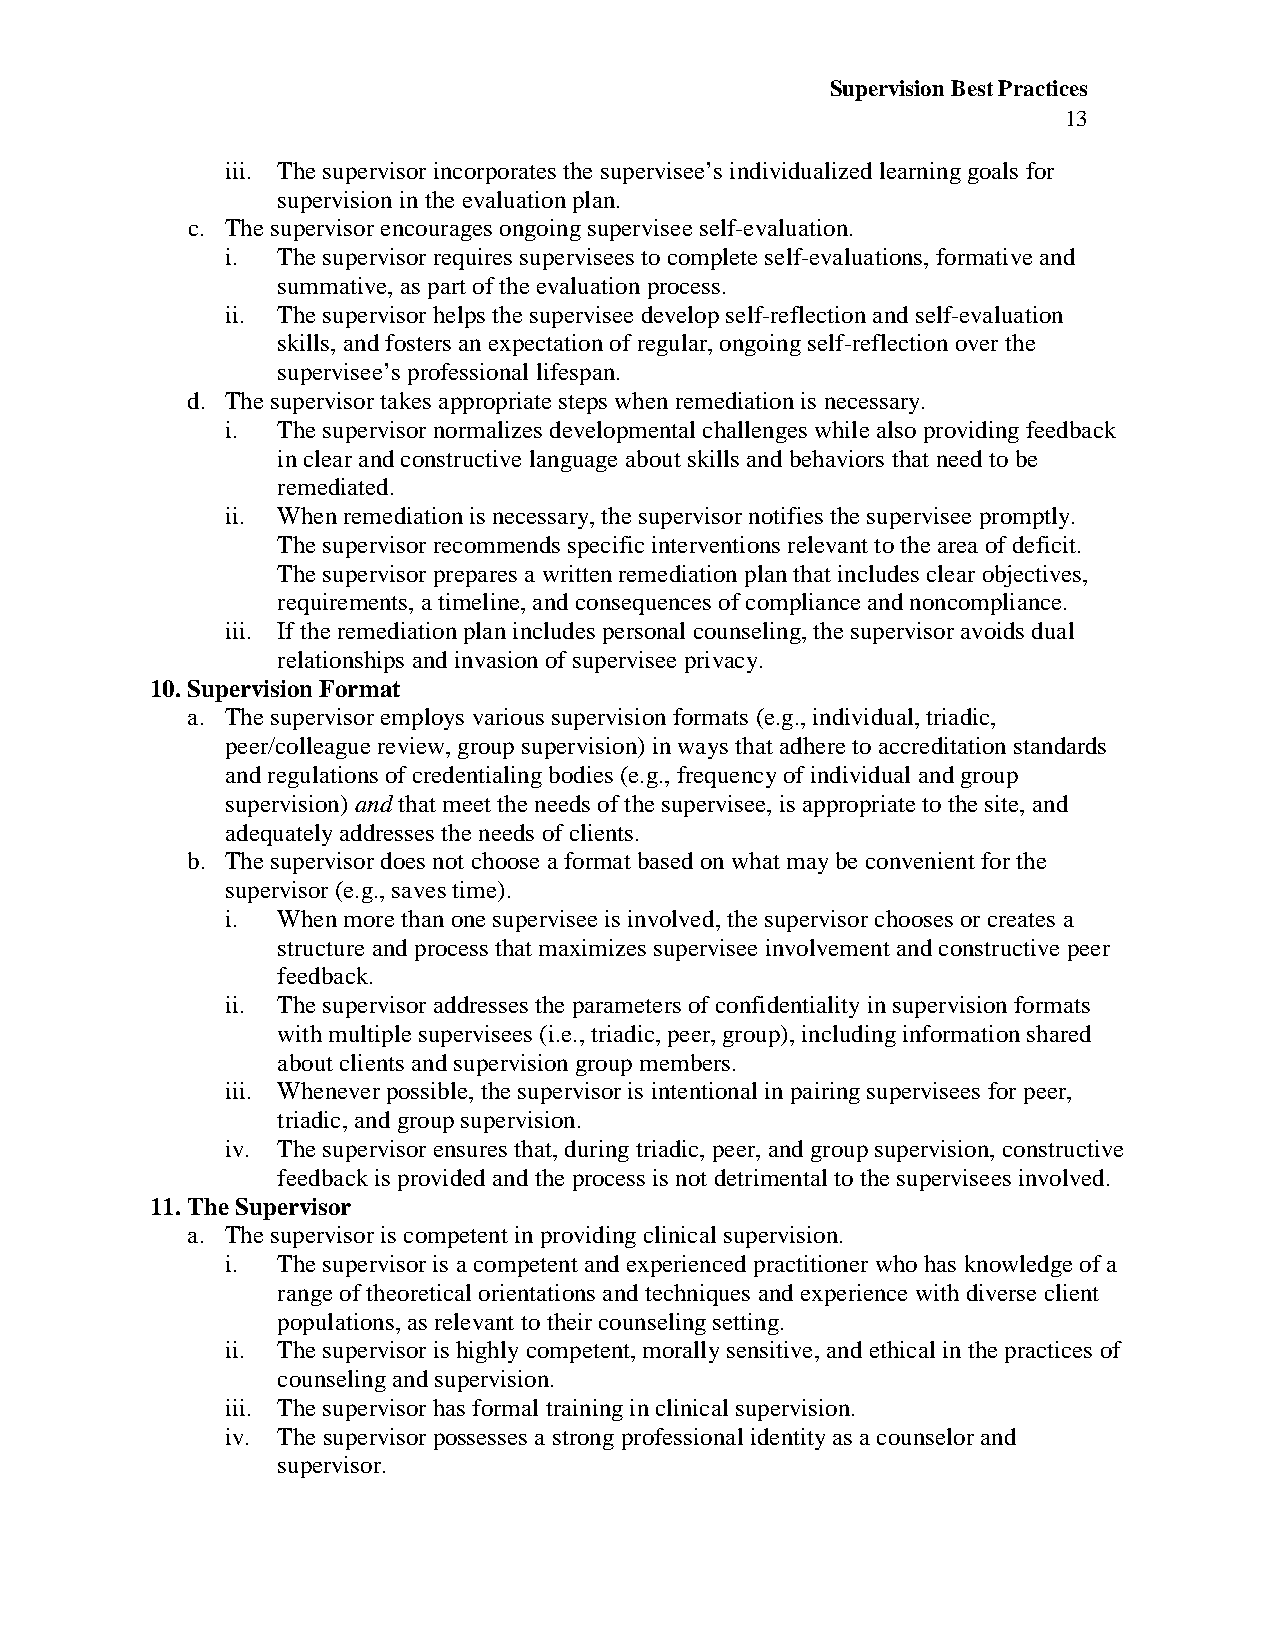
Supervision Best Practices
 13
 iii. The supervisor incorporates the supervisee’s individualized learning goals for
 supervision in the evaluation plan.
 c. The supervisor encourages ongoing supervisee self-evaluation.
 i. The supervisor requires supervisees to complete self-evaluations, formative and
 summative, as part of the evaluation process.
 ii. The supervisor helps the supervisee develop self-reflection and self-evaluation
 skills, and fosters an expectation of regular, ongoing self-reflection over the
 supervisee’s professional lifespan.
 d. The supervisor takes appropriate steps when remediation is necessary.
 i. The supervisor normalizes developmental challenges while also providing feedback
 in clear and constructive language about skills and behaviors that need to be
 remediated.
 ii. When remediation is necessary, the supervisor notifies the supervisee promptly.
 The supervisor recommends specific interventions relevant to the area of deficit.
 The supervisor prepares a written remediation plan that includes clear objectives,
 requirements, a timeline, and consequences of compliance and noncompliance.
 iii. If the remediation plan includes personal counseling, the supervisor avoids dual
 relationships and invasion of supervisee privacy.
 10. Supervision Format
 a. The supervisor employs various supervision formats (e.g., individual, triadic,
 peer/colleague review, group supervision) in ways that adhere to accreditation standards
 and regulations of credentialing bodies (e.g., frequency of individual and group
 supervision) and that meet the needs of the supervisee, is appropriate to the site, and
 adequately addresses the needs of clients.
 b. The supervisor does not choose a format based on what may be convenient for the
 supervisor (e.g., saves time).
 i. When more than one supervisee is involved, the supervisor chooses or creates a
 structure and process that maximizes supervisee involvement and constructive peer
 feedback.
 ii. The supervisor addresses the parameters of confidentiality in supervision formats
 with multiple supervisees (i.e., triadic, peer, group), including information shared
 about clients and supervision group members.
 iii. Whenever possible, the supervisor is intentional in pairing supervisees for peer,
 triadic, and group supervision.
 iv. The supervisor ensures that, during triadic, peer, and group supervision, constructive
 feedback is provided and the process is not detrimental to the supervisees involved.
 11. The Supervisor
 a. The supervisor is competent in providing clinical supervision.
 i. The supervisor is a competent and experienced practitioner who has knowledge of a
 range of theoretical orientations and techniques and experience with diverse client
 populations, as relevant to their counseling setting.
 ii. The supervisor is highly competent, morally sensitive, and ethical in the practices of
 counseling and supervision.
 iii. The supervisor has formal training in clinical supervision.
 iv. The supervisor possesses a strong professional identity as a counselor and
 supervisor.